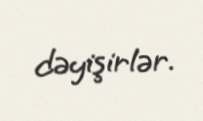
dəyişirlər.